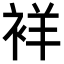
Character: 𬡘